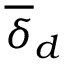
\overline { { \delta } } _ { d }